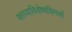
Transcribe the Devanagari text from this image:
काव्यविशेषविमर्श